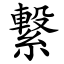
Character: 繋